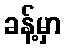
ခန့်မှာ